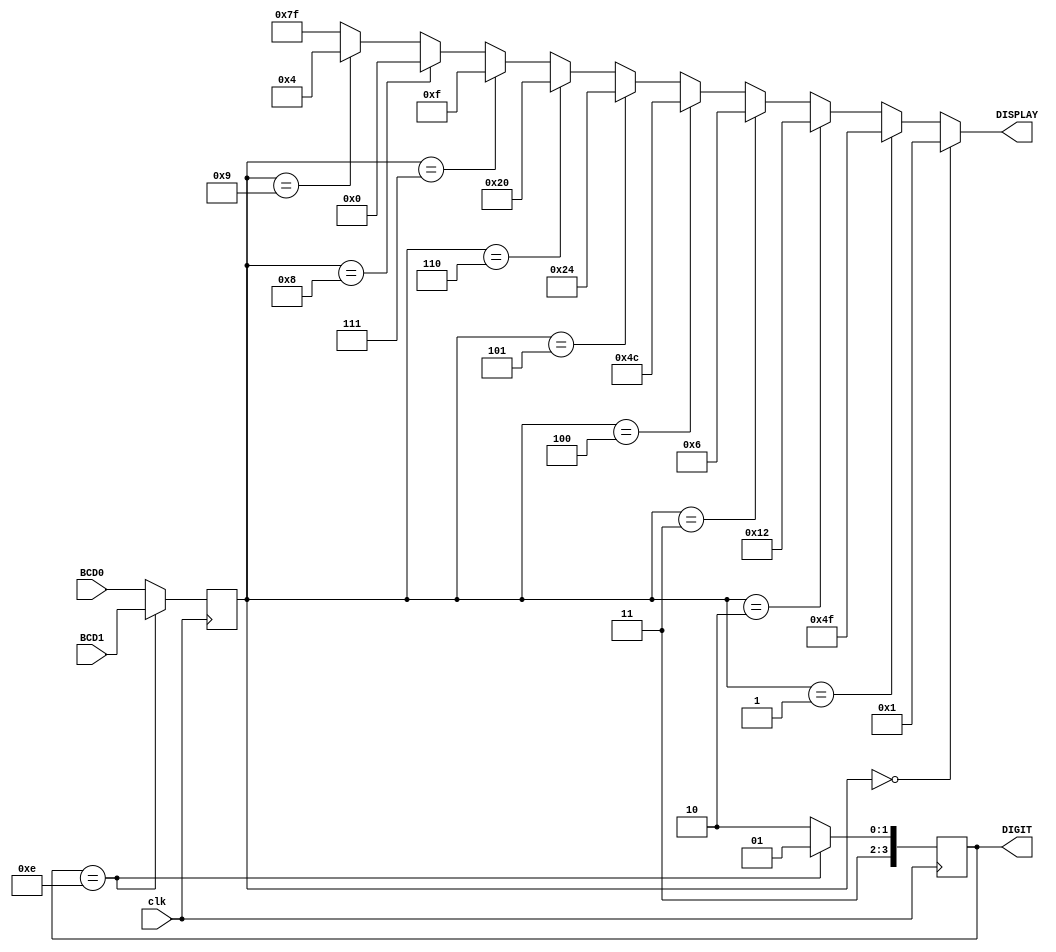
module seven_segment(DIGIT, DISPLAY, BCD0, BCD1, clk
    );
input clk;
input [3:0] BCD1;
input [3:0] BCD0;
output reg [3:0] DIGIT;
output [6:0] DISPLAY;

reg [3:0] value;

	always @ ( posedge clk) begin	
		case(DIGIT) 
			4'b1110: begin
				value <= BCD1;
				DIGIT <= 4'b1101;
			end
			4'b1101: begin
				value <= BCD0;
				DIGIT <= 4'b1110;
			end
			default begin
			    value <= BCD0; 
				DIGIT <= 4'b1110;
			end
		endcase	
	end

	assign DISPLAY = (value==4'd0) ? 7'b0000001 :
						(value==4'd1) ? 7'b1001111 :
						(value==4'd2) ? 7'b0010010 :
						(value==4'd3) ? 7'b0000110 :
						(value==4'd4) ? 7'b1001100 :
						(value==4'd5) ? 7'b0100100 :
						(value==4'd6) ? 7'b0100000 :
						(value==4'd7) ? 7'b0001111 :
						(value==4'd8) ? 7'b0000000 : 
						(value==4'd9) ? 7'b0000100 :
                 						7'b1111111;

endmodule